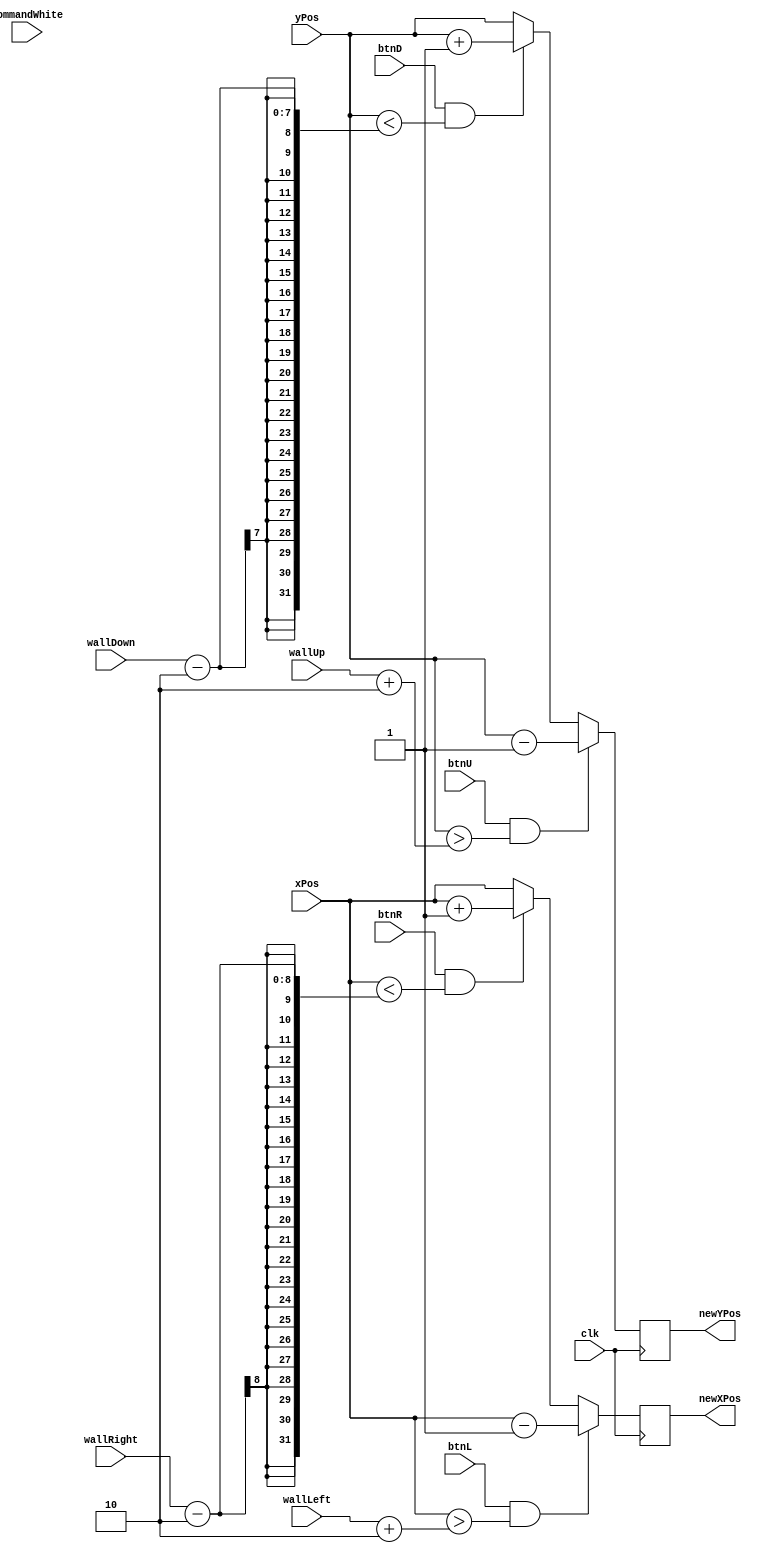
`timescale 1ns / 1ps
//////////////////////////////////////////////////////////////////////////////////
// Company: 
// Engineer: 
// 
// Design Name: 
// Module Name: WhiteBallPlacer
// Project Name: 
// Target Devices: 
// Tool Versions: 
// Description: 
// 
// Dependencies: 
// 
// Revision:
// Revision 0.01 - File Created
// Additional Comments:
// 
//////////////////////////////////////////////////////////////////////////////////


module WhiteBallPlacer(
		input clk,
	    input [7:0] wallLeft,
		input [7:0] wallRight,
		input [6:0] wallUp,
		input [6:0] wallDown, 
		input [3:0] commandWhite,
		input btnD, btnU, btnL, btnR,
		input [7:0] xPos,
	    input [6:0] yPos,
		output reg [7:0] newXPos = 0,
		output reg [6:0] newYPos = 0		
    );
    
    
    always @ (posedge clk)
    	begin
    	    		
			newXPos <=  (btnL && (xPos > wallLeft + 2)) ? xPos - 1 :
						(btnR && (xPos < wallRight - 2)) ? xPos + 1 : xPos;
				 
			newYPos <=  (btnU && (yPos > wallUp + 2)) ? yPos - 1 :
						(btnD && (yPos < wallDown - 2)) ? yPos + 1 : yPos;
				 			
    	end
    			
    			
    				 
endmodule